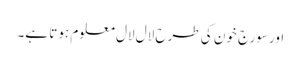
اور سورج خون کی طرح لال لال معلوم ہوتا ہے۔